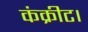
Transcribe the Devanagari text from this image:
कंक्रीट।